Lunatic asylums Madras 1892-1911 - 1892-1911
Year: 1892
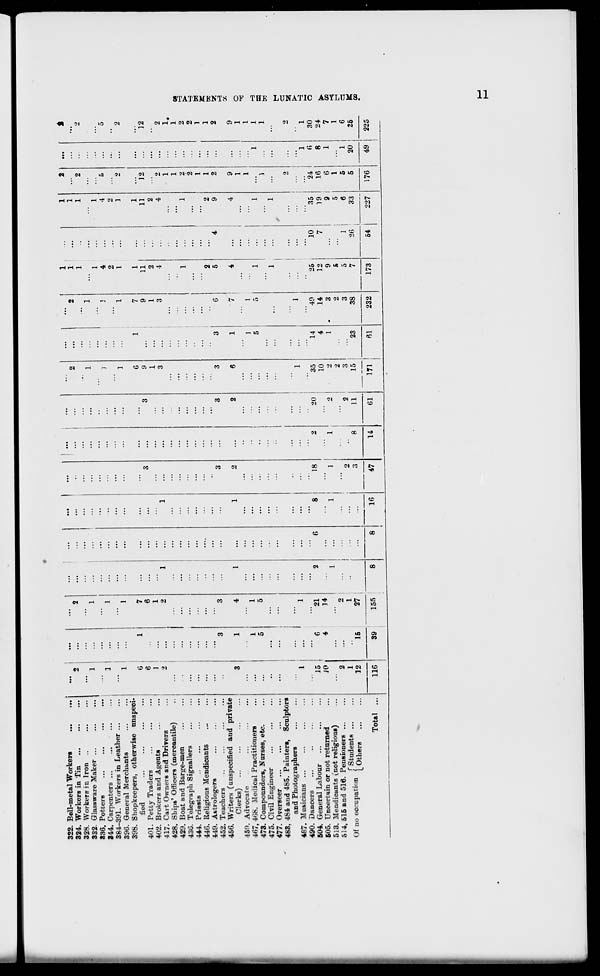
322. Bell-metal Workers
324. Workers in Tin
328. Workers in Iron ..
332. Glassware Maker ...
836. Potters
244. Carpenters ...
...
...
384-391. AVorkers in Leather
396. General Merchants
398. Shopkeepers, otherwise unspeci-
fied
401. Petty Traders
402. Brokers and Agents
417. Cart. Owners and Drivers
428. Ships' Officers (mercantile)
429. Boat and Barge-men
436. Telegraph Signallers
444. Priests
...
446. Religious Mendicants
449. Astrologers
452. Teachers
456. Writers (unspecified and private
Clerks)
459. Advocate
467,408. Medical Practitioners
473. Com pounders, Nurses, etc.
475. Civil Engineer
477. Overseer
483, 484 and 485. Painters, Sculptors
and Photog raphers
487. Musicians ...
490. Dancers
504. General Labour
505. Uncertain or not returned
513. Mendicants (not religious)
514, 515 and 516. Pensioners ...
r .,
■
fStudents ...
Of no occupation [ 0thers
_
Total ...
1
1
1
6
6
1
2
3
3
1
4
1
...
1
5
5
1
...
1
15
" 6
"21
iO
4
,4
2
...
...
2
1
1
12
15
27
116
39
155
8
1
16
18
1
2
3
47
2
1
8
14
20
2
11
61
35
10
2
2
3
15
171
14
4
1
23
61
1
49
14
3
2
3
38
232
2
1
1
1
1
]
4
2
1
1
7
1
9
11
1
2
3
4
25
12
9
S
5
7
173
10
7
1
26
54
x
1
1
4
2
1
1
11
2
4
35
19
9
5
6
33
227
12
1
1
2
2
1
1
2
9
1
1
24
16
6
1
5
5
176
1
6
8
1
' 1
20
12
2
1,
1
2
2
1
1
2
9
1
1
1
1
1
30
24
7
1
6
25
OB
>
as
o
=
fed
f
d
02
00
49 I 225